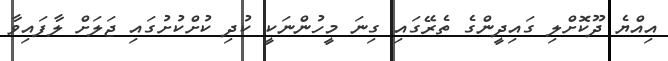
އިއްޔެ ދޫކޮށްލި ގައިދީންގެ ތެރޭގައި ގިނަ މީހުންނަކީ ކުދި ކުށްކުށުގައި ޖަލަށް ލާފައިވާ